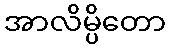
အာလိမ္ပိတော